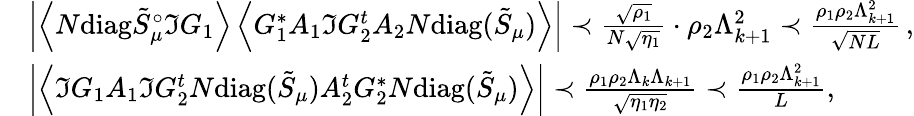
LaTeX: \begin{array}{rl}&{\left|\left\langle{N\mathrm{diag}\tilde{S}_{\mu}^{\circ}\Im G_{1}}\right\rangle\left\langle{G_{1}^{*}A_{1}\Im G_{2}^{t}A_{2}N\mathrm{diag}(\tilde{S}_{\mu})}\right\rangle\right|\prec\frac{\sqrt{\rho_{1}}}{N\sqrt{\eta_{1}}}\cdot\rho_{2}\Lambda_{k+1}^{2}\prec\frac{\rho_{1}\rho_{2}\Lambda_{k+1}^{2}}{\sqrt{NL}}\, ,}\\ &{\left|\left\langle{\Im G_{1}A_{1}\Im G_{2}^{t}N\mathrm{diag}(\tilde{S}_{\mu})A_{2}^{t}G_{2}^{*}N\mathrm{diag}(\tilde{S}_{\mu})}\right\rangle\right|\prec\frac{\rho_{1}\rho_{2}\Lambda_{k}\Lambda_{k+1}}{\sqrt{\eta_{1}\eta_{2}}}\prec\frac{\rho_{1}\rho_{2}\Lambda_{k+1}^{2}}{L},}\end{array}